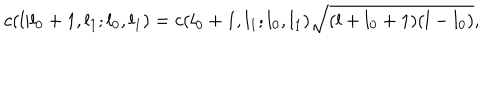
LaTeX: c ( l | l _ { 0 } + 1 , l _ { 1 } ; l _ { 0 } , l _ { 1 } ) = c ( l _ { 0 } + 1 , l _ { 1 } ; l _ { 0 } , l _ { 1 } ) \sqrt { ( l + l _ { 0 } + 1 ) ( l - l _ { 0 } ) } ,